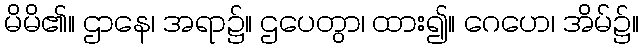
မိမိ၏။ ဌာနေ၊ အရာ၌။ ဌပေတွာ၊ ထား၍။ ဂေဟေ၊ အိမ်၌။